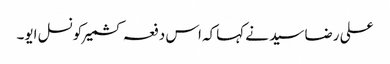
علی رضا سید نے کہاکہ اس دفعہ کشمیرکونسل ایو۔